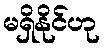
မရှိနိုင်ဟု